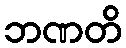
ဘဏတိ